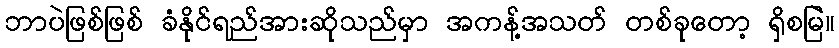
ဘာပဲဖြစ်ဖြစ် ခံနိုင်ရည်အားဆိုသည်မှာ အကန့်အသတ် တစ်ခုတော့ ရှိစမြဲ။